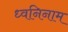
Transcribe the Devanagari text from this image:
ध्वनिनाम